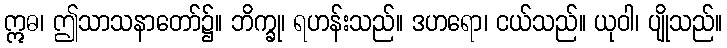
ဣဓ၊ ဤသာသနာတော်၌။ ဘိက္ခု၊ ရဟန်းသည်။ ဒဟရော၊ ငယ်သည်။ ယုဝါ၊ ပျိုသည်။